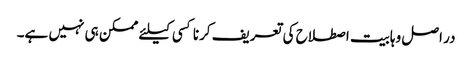
در اصل وہابیت اصطلاح کی تعریف کرنا کسی کیلئے ممکن ہی نہیں ہے۔